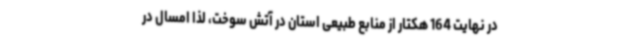
در نهایت 164 هکتار از منابع طبیعی استان در آتش سوخت، لذا امسال در